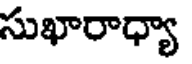
సుఖారాధ్యా